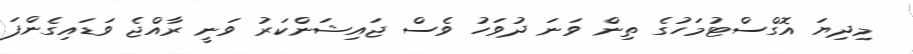
މިދިޔަ އޮގްސްޓުމަހުގެ ތިން ވަނަ ދުވަހު ވެސް ޖައިޝަންކަރު ވަނީ ރާއްޖެ ވަޑައިގެންފަ